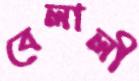
বেলালী